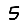
Digit: 5